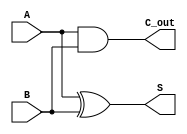
module CarryLookaheadHalfAdder (
    input wire A,      // First operand
    input wire B,      // Second operand
    output wire S,     // Sum output
    output wire C_out  // Carry-out output
);

// Internal signals for generate and propagate
wire G; // Generate signal
wire P; // Propagate signal

// Generate signal: G = A AND B
assign G = A & B;

// Propagate signal: P = A XOR B
assign P = A ^ B;

// Sum calculation: S = A XOR B
assign S = P;

// Carry-out calculation: C_out = G (since C_in is assumed to be 0)
assign C_out = G;

endmodule